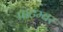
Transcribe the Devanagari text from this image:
पाटम्बर